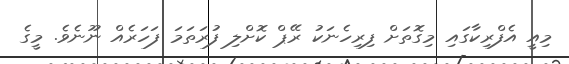
މިއީ އެފްރިކާގައި މިގޮތަަށް ފިރިހެނަކު ރޭޕް ކޮށްލި ފުރަތަމަ ފަހަރެއް ނޫނެވެ. މީގެ